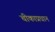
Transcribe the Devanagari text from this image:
चीकाप्रधान